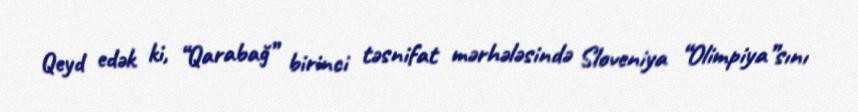
Qeyd edək ki, “Qarabağ” birinci təsnifat mərhələsində Sloveniya “Olimpiya”sını